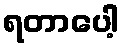
ရတာပေါ့